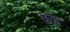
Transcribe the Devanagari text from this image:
ऊंद